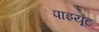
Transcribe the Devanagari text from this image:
पाइयूट